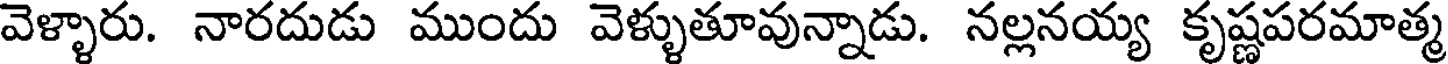
వెళ్ళారు. నారదుడు ముందు వెళ్ళుతూవున్నాడు. నల్లనయ్య కృష్ణపరమాత్మ